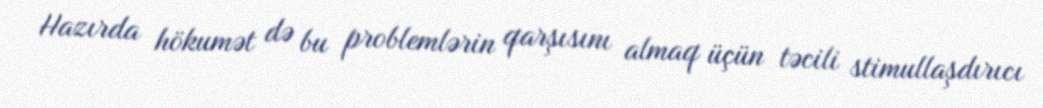
Hazırda hökumət də bu problemlərin qarşısını almaq üçün təcili stimullaşdırıcı